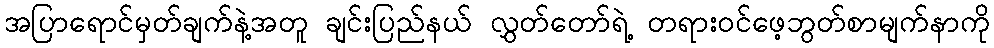
အပြာရောင်မှတ်ချက်နဲ့အတူ ချင်းပြည်နယ် လွှတ်တော်ရဲ့ တရားဝင်ဖေ့ဘွတ်စာမျက်နာကို